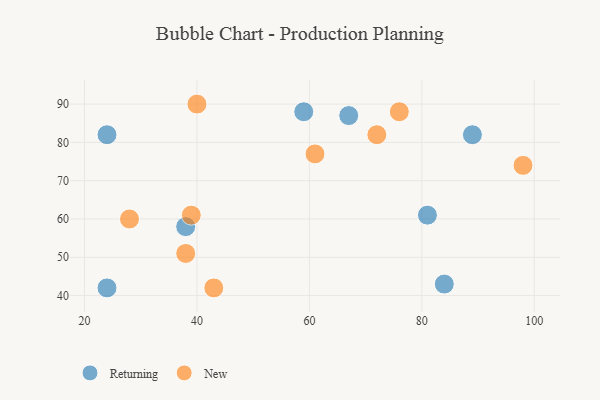
{"axis": {"x": "GDP", "y": "Life Expectancy"}, "legend": ["New", "Returning"], "data": [{"x": "67", "y": 87, "type": "Returning"}, {"x": "84", "y": 43, "type": "Returning"}, {"x": "89", "y": 82, "type": "Returning"}, {"x": "81", "y": 61, "type": "Returning"}, {"x": "24", "y": 42, "type": "Returning"}, {"x": "59", "y": 88, "type": "Returning"}, {"x": "38", "y": 58, "type": "Returning"}, {"x": "24", "y": 82, "type": "Returning"}, {"x": "98", "y": 74, "type": "New"}, {"x": "61", "y": 77, "type": "New"}, {"x": "28", "y": 60, "type": "New"}, {"x": "72", "y": 82, "type": "New"}, {"x": "76", "y": 88, "type": "New"}, {"x": "39", "y": 61, "type": "New"}, {"x": "40", "y": 90, "type": "New"}, {"x": "43", "y": 42, "type": "New"}, {"x": "38", "y": 51, "type": "New"}]}